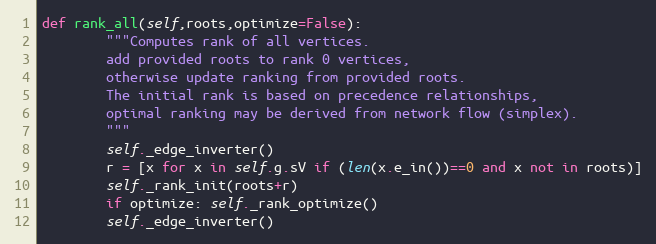
Language: Python
def rank_all(self,roots,optimize=False):
        """Computes rank of all vertices.
        add provided roots to rank 0 vertices,
        otherwise update ranking from provided roots.
        The initial rank is based on precedence relationships,
        optimal ranking may be derived from network flow (simplex).
        """
        self._edge_inverter()
        r = [x for x in self.g.sV if (len(x.e_in())==0 and x not in roots)]
        self._rank_init(roots+r)
        if optimize: self._rank_optimize()
        self._edge_inverter()